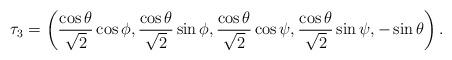
LaTeX: \begin{align*}\tau_{3}=\left(\frac{\cos\theta}{\sqrt{2}}\cos\phi,\frac{\cos\theta}{\sqrt{2}}\sin\phi,\frac{\cos\theta}{\sqrt{2}}\cos\psi,\frac{\cos\theta}{\sqrt{2}}\sin\psi, -\sin\theta\right). \end{align*}